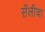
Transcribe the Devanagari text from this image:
सॅलीचा